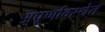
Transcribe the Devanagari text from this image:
अपूर्णावस्थेत